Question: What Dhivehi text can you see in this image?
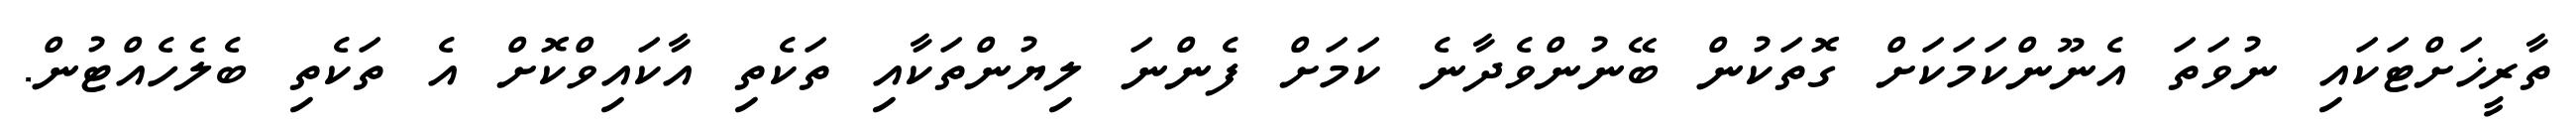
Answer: ތާރީޚަށްޓަކައި ނުވަތަ އެނޫންކަމަކަށް ގޮތަކުން ބޭނުންވެދާނެ ކަމަށް ފެންނަ ލިޔުންތަކާއި ތަކެތި އާކައިވްކޮށް އެ ތަކެތި ބެލެހެއްޓުން.